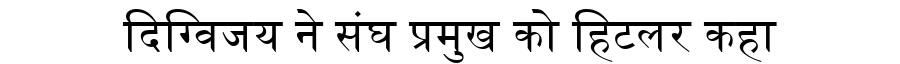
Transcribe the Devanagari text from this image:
दिग्विजय ने संघ प्रमुख को हिटलर कहा